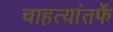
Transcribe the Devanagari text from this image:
चाहत्यांतर्फे